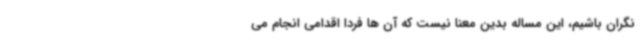
نگران باشیم، این مساله بدین معنا نیست که آن ها فردا اقدامی انجام می